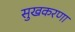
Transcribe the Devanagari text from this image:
सुखकरणा